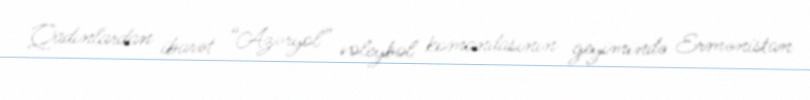
Qadınlardan ibarət “Azəryol” voleybol komandasının geyimində Ermənistan